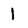
Character: 1